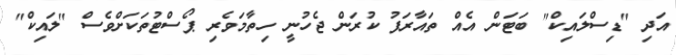
އަދި "ޑިސްލައިކް" ބަޓަން އެއް ތައާރަފު ކުރަން ޖެހުނީ ހިތާމަވެރި ޕޯސްޓުތަކަށްވެސް "ލައިކް"